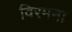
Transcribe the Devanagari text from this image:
विरमना